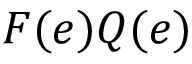
F ( e ) Q ( e )